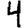
Digit: 4